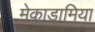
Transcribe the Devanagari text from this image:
मेकाडामिया